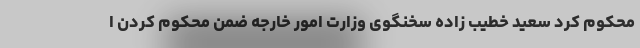
محکوم کرد سعید خطیب زاده سخنگوی وزارت امور خارجه ضمن محکوم کردن ا